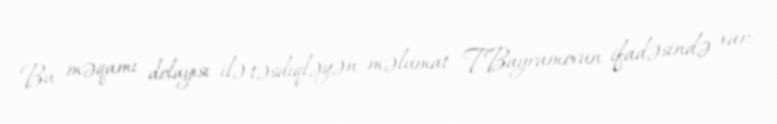
Bu məqamı dolayısı ilə təsdiqləyən məlumat T.Bayramovun ifadəsində var: